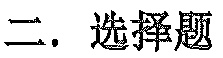
二. 选择题